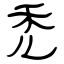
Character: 禿